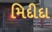
મિદીદા